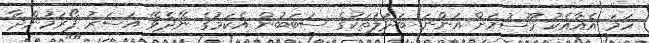
ހަމަ އެއާއެކު މޫސުމަށް އަންނަ ބަދަލުތަކުގެ ސަބަބުން އެކަމުގެ ނޭދެވޭ އަސަރު ފޯރަމުންދާ